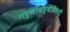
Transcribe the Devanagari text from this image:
गर्भावस्थेविषयी